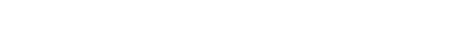
အလုံအလောက်ရှိမလာမှာကိုစိုးရိမ်မိတယ်လို့ ကျောင်းဆရာ ဦးကျော်သိန်းစိုး က ပြောပါတယ်။